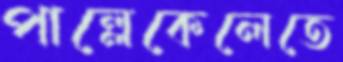
পাল্লেকেলেতে